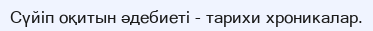
Сүйіп оқитын әдебиеті - тарихи хроникалар.